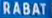
RABAT